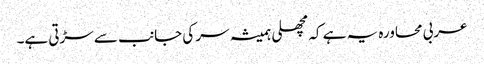
عربی محاورہ یہ ہے کہ مچھلی ہمیشہ سر کی جانب سے سڑتی ہے۔